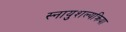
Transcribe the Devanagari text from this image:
स्नायुशल्यक्रिया